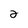
Character: 2